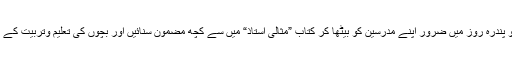
(۲) ہفتہ میں نہیں تو پندرہ روز میں ضرور اپنے مدرسین کو بیٹھا کر کتاب ”مثالی استاذ“ میں سے کچھ مضمون سنائیں اور بچوں کی تعلیم وتربیت کے متعلق مذاکرہ کریں۔